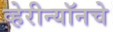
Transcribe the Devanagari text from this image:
व्हेरीन्यॉनचे